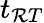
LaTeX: t_{\mathcal{R}T}